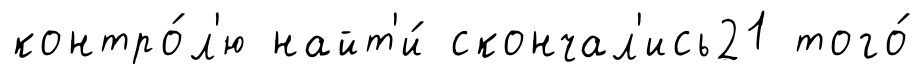
контро́л'ю найт'и́ скончал'ись21 того́